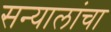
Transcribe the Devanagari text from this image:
सन्यालांचा